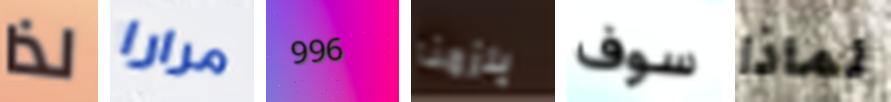
لذا مرارا 996 يلزمنا سوف لماذا